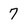
Character: 7